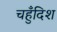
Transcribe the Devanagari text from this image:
चहुँदिश